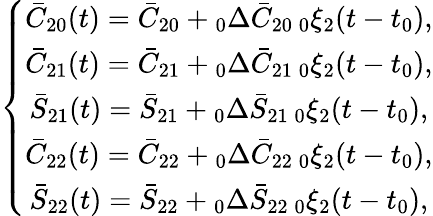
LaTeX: \left\{ \begin{array}{c}{\bar{C}_{20}(t)=\bar{C}_{20}+\phantom{}_{0}\Delta\bar{C}_{20}\, \phantom{}_{0}\xi_{2}(t-t_{0}),}\\ {\bar{C}_{21}(t)=\bar{C}_{21}+\phantom{}_{0}\Delta\bar{C}_{21}\, \phantom{}_{0}\xi_{2}(t-t_{0}),}\\ {\bar{S}_{21}(t)=\bar{S}_{21}+\phantom{}_{0}\Delta\bar{S}_{21}\, \phantom{}_{0}\xi_{2}(t-t_{0}),}\\ {\bar{C}_{22}(t)=\bar{C}_{22}+\phantom{}_{0}\Delta\bar{C}_{22}\, \phantom{}_{0}\xi_{2}(t-t_{0}),}\\ {\bar{S}_{22}(t)=\bar{S}_{22}+\phantom{}_{0}\Delta\bar{S}_{22}\, \phantom{}_{0}\xi_{2}(t-t_{0}),}\end{array}\right.